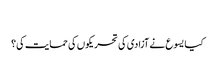
‏
کیا یسوع نے آزادی کی تحریکوں کی حمایت کی؟